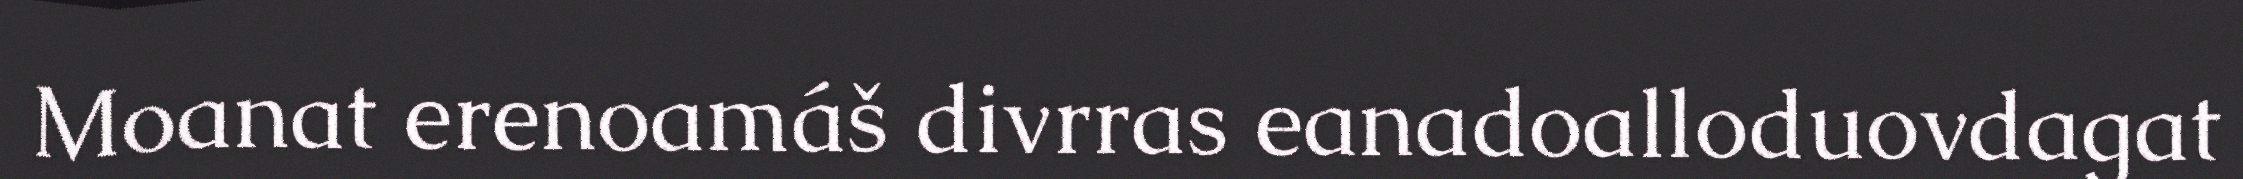
Moanat erenoamáš divrras eanadoalloduovdagat